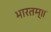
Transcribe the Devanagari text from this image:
भारतम्॥